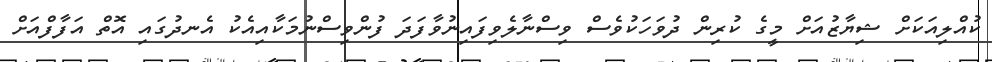
ކުއްލިއަކަށް ޝިޔާޒުއަށް މީގެ ކުރިން ދުވަހަކުވެސް ވިސްނާލެވިފައިނުވާފަދަ ފުންވިސްނުމަކާއިއެކު އެނދުގައި އޮތް އަފާފްއަށް